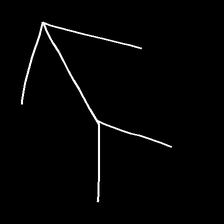
Glyph: gather